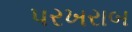
પરખરાબ